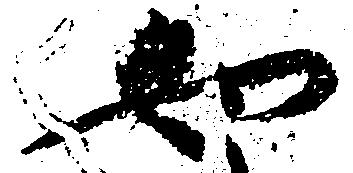
如